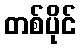
တစ်ပိုင်